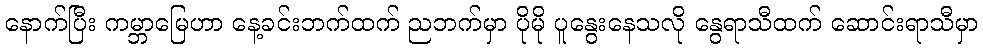
နောက်ပြီး ကမ္ဘာမြေဟာ နေ့ခင်းဘက်ထက် ညဘက်မှာ ပိုမို ပူနွေးနေသလို နွေရာသီထက် ဆောင်းရာသီမှာ